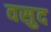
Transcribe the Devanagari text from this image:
वसुद